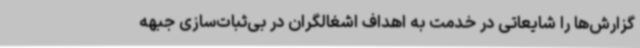
گزارش‌ها را شایعاتی در خدمت به اهداف اشغالگران در بی‌ثبات‌سازی جبهه